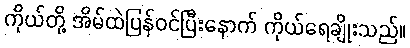
ကိုယ်တို့ အိမ်ထဲပြန်ဝင်ပြီးနောက် ကိုယ်ရေချိုးသည်။